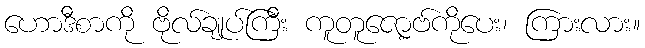
ဟောဒီစာကို ဗိုလ်ချုပ်ကြီး ကူတူဇော့ဗ်ကိုပေး၊ ကြားလား။